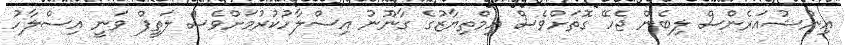
އިންޝުއަރެންސް ލިބެން ޖެހޭ ގޮތަށްވެސް އިމްތިޔާޒުގެ ގާނޫނު އިސްލާހުކުރުމަށްވެސް ލަތީފް ވަނީ އިސްލާހު